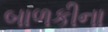
બાળકીના